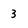
Character: 3